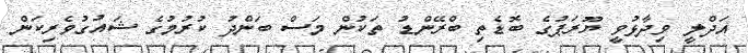
އަދްލީ ވިދާޅުވީ ޔޫރަޕުގެ ބޮޑެތި ބްރޭންޑު ތަކުން މަސް ބަންދު ކުރުމުގެ ޝައުގުވެރިކަން